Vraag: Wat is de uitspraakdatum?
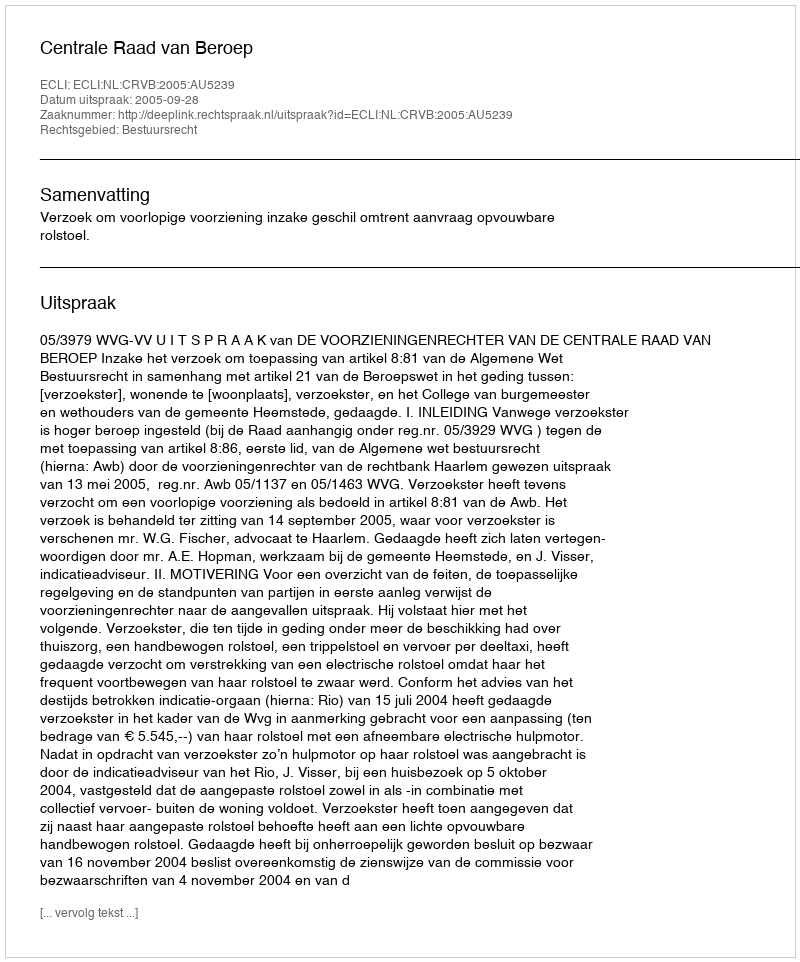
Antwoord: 2005-09-28